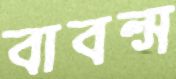
বাবল্স